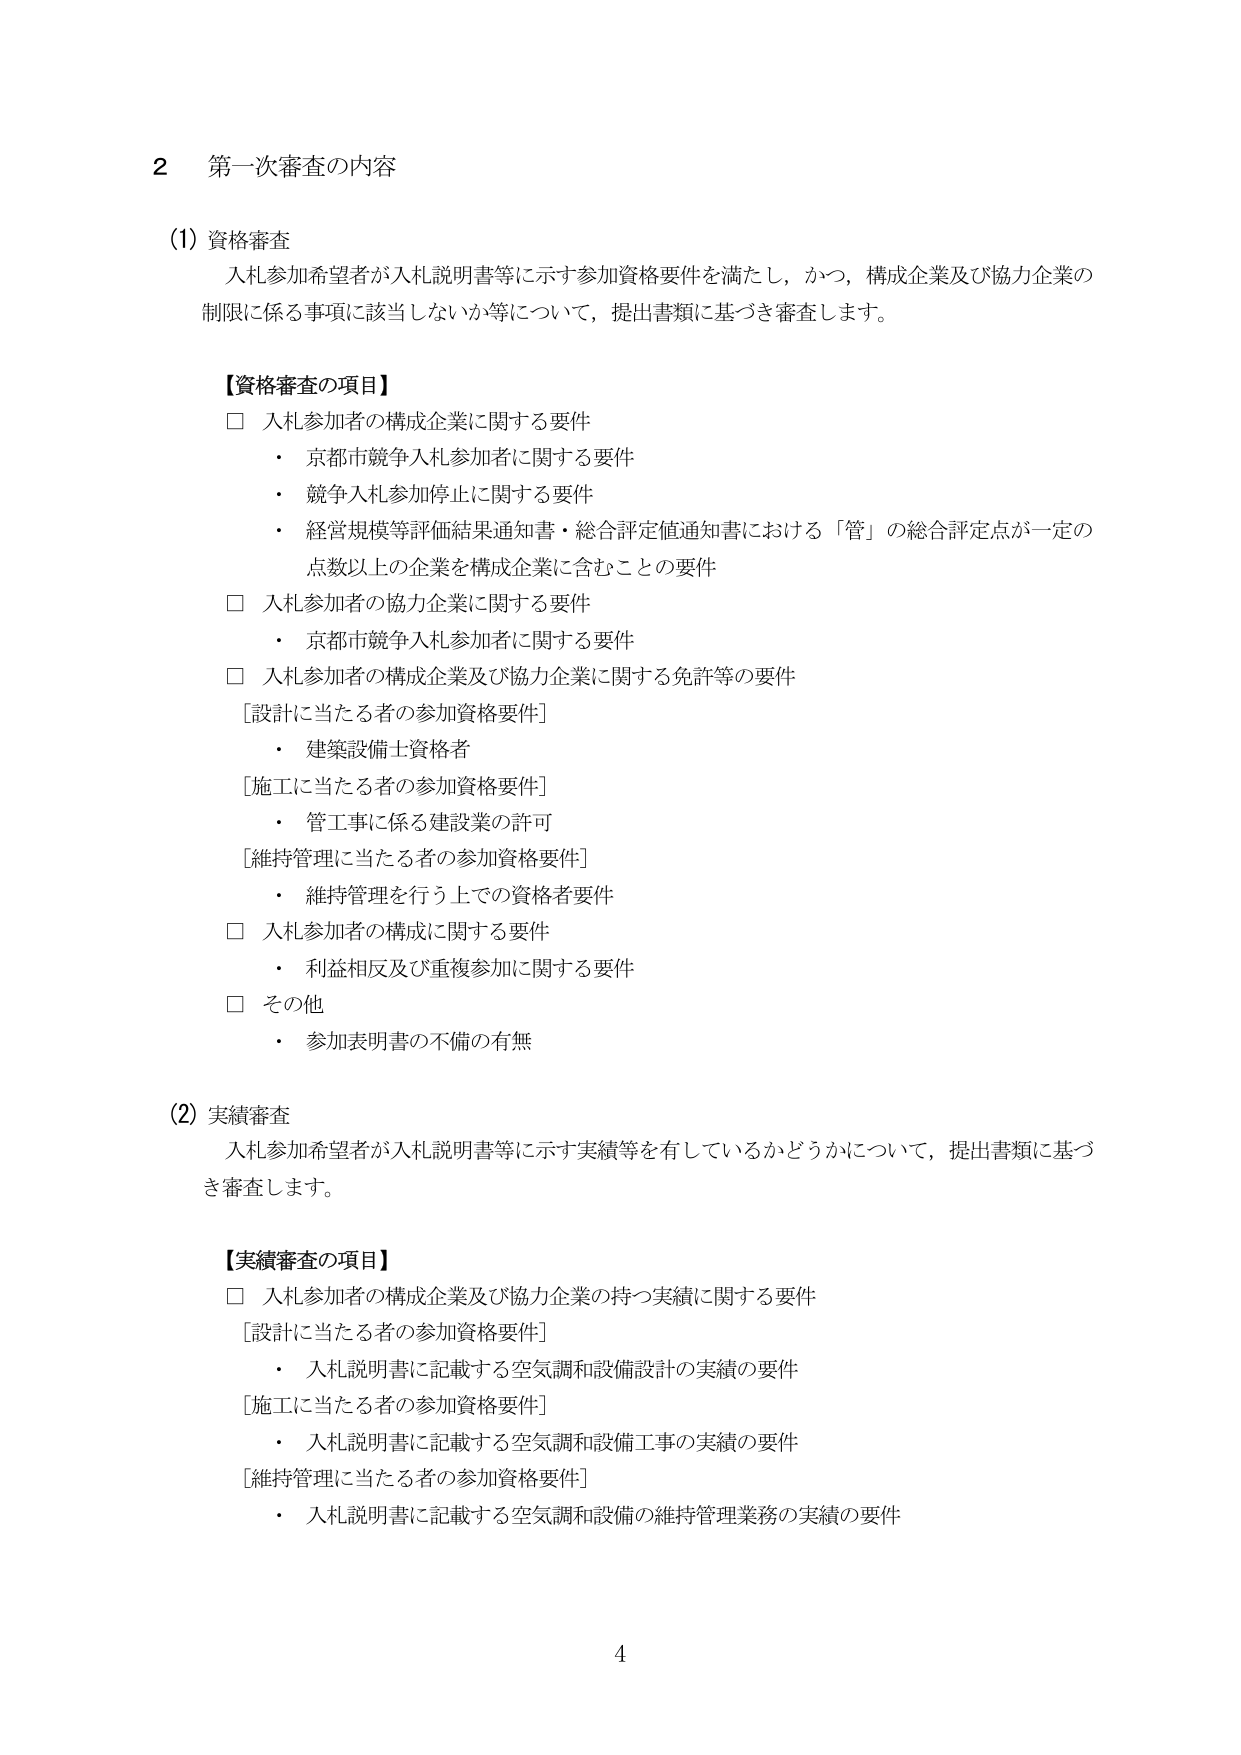
2 第一次審査の内容

(1) 資格審査
入札参加希望者が入札説明書等に示す参加資格要件を満たし、かつ、構成企業及び協力企業の制限に係る事項に該当しないか等について、提出書類に基づき審査します。

【資格審査の項目】
□ 入札参加者の構成企業に関する要件
　・ 京都市競争入札参加者に関する要件
　・ 競争入札参加停止に関する要件
　・ 経営規模等評価結果通知書・総合評定値通知書における「管」の総合評定点が一定の点数以上の企業を構成企業に含むことの要件
□ 入札参加者の協力企業に関する要件
　・ 京都市競争入札参加者に関する要件
□ 入札参加者の構成企業及び協力企業に関する免許等の要件
　[設計に当たる者の参加資格要件]
　　・ 建築設備士資格者
　[施工に当たる者の参加資格要件]
　　・ 管工事に係る建設業の許可
　[維持管理に当たる者の参加資格要件]
　　・ 維持管理を行う上での資格者要件
□ 入札参加者の構成に関する要件
　・ 利益相反及び重複参加に関する要件
□ その他
　・ 参加表明書の不備の有無

(2) 実績審査
入札参加希望者が入札説明書等に示す実績等を有しているかどうかについて、提出書類に基づき審査します。

【実績審査の項目】
□ 入札参加者の構成企業及び協力企業の持つ実績に関する要件
　[設計に当たる者の参加資格要件]
　　・ 入札説明書に記載する空気調和設備設計の実績の要件
　[施工に当たる者の参加資格要件]
　　・ 入札説明書に記載する空気調和設備工事の実績の要件
　[維持管理に当たる者の参加資格要件]
　　・ 入札説明書に記載する空気調和設備の維持管理業務の実績の要件

4